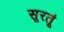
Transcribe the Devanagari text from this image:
सूरतूं